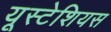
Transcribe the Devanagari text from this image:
यूस्टेशियस